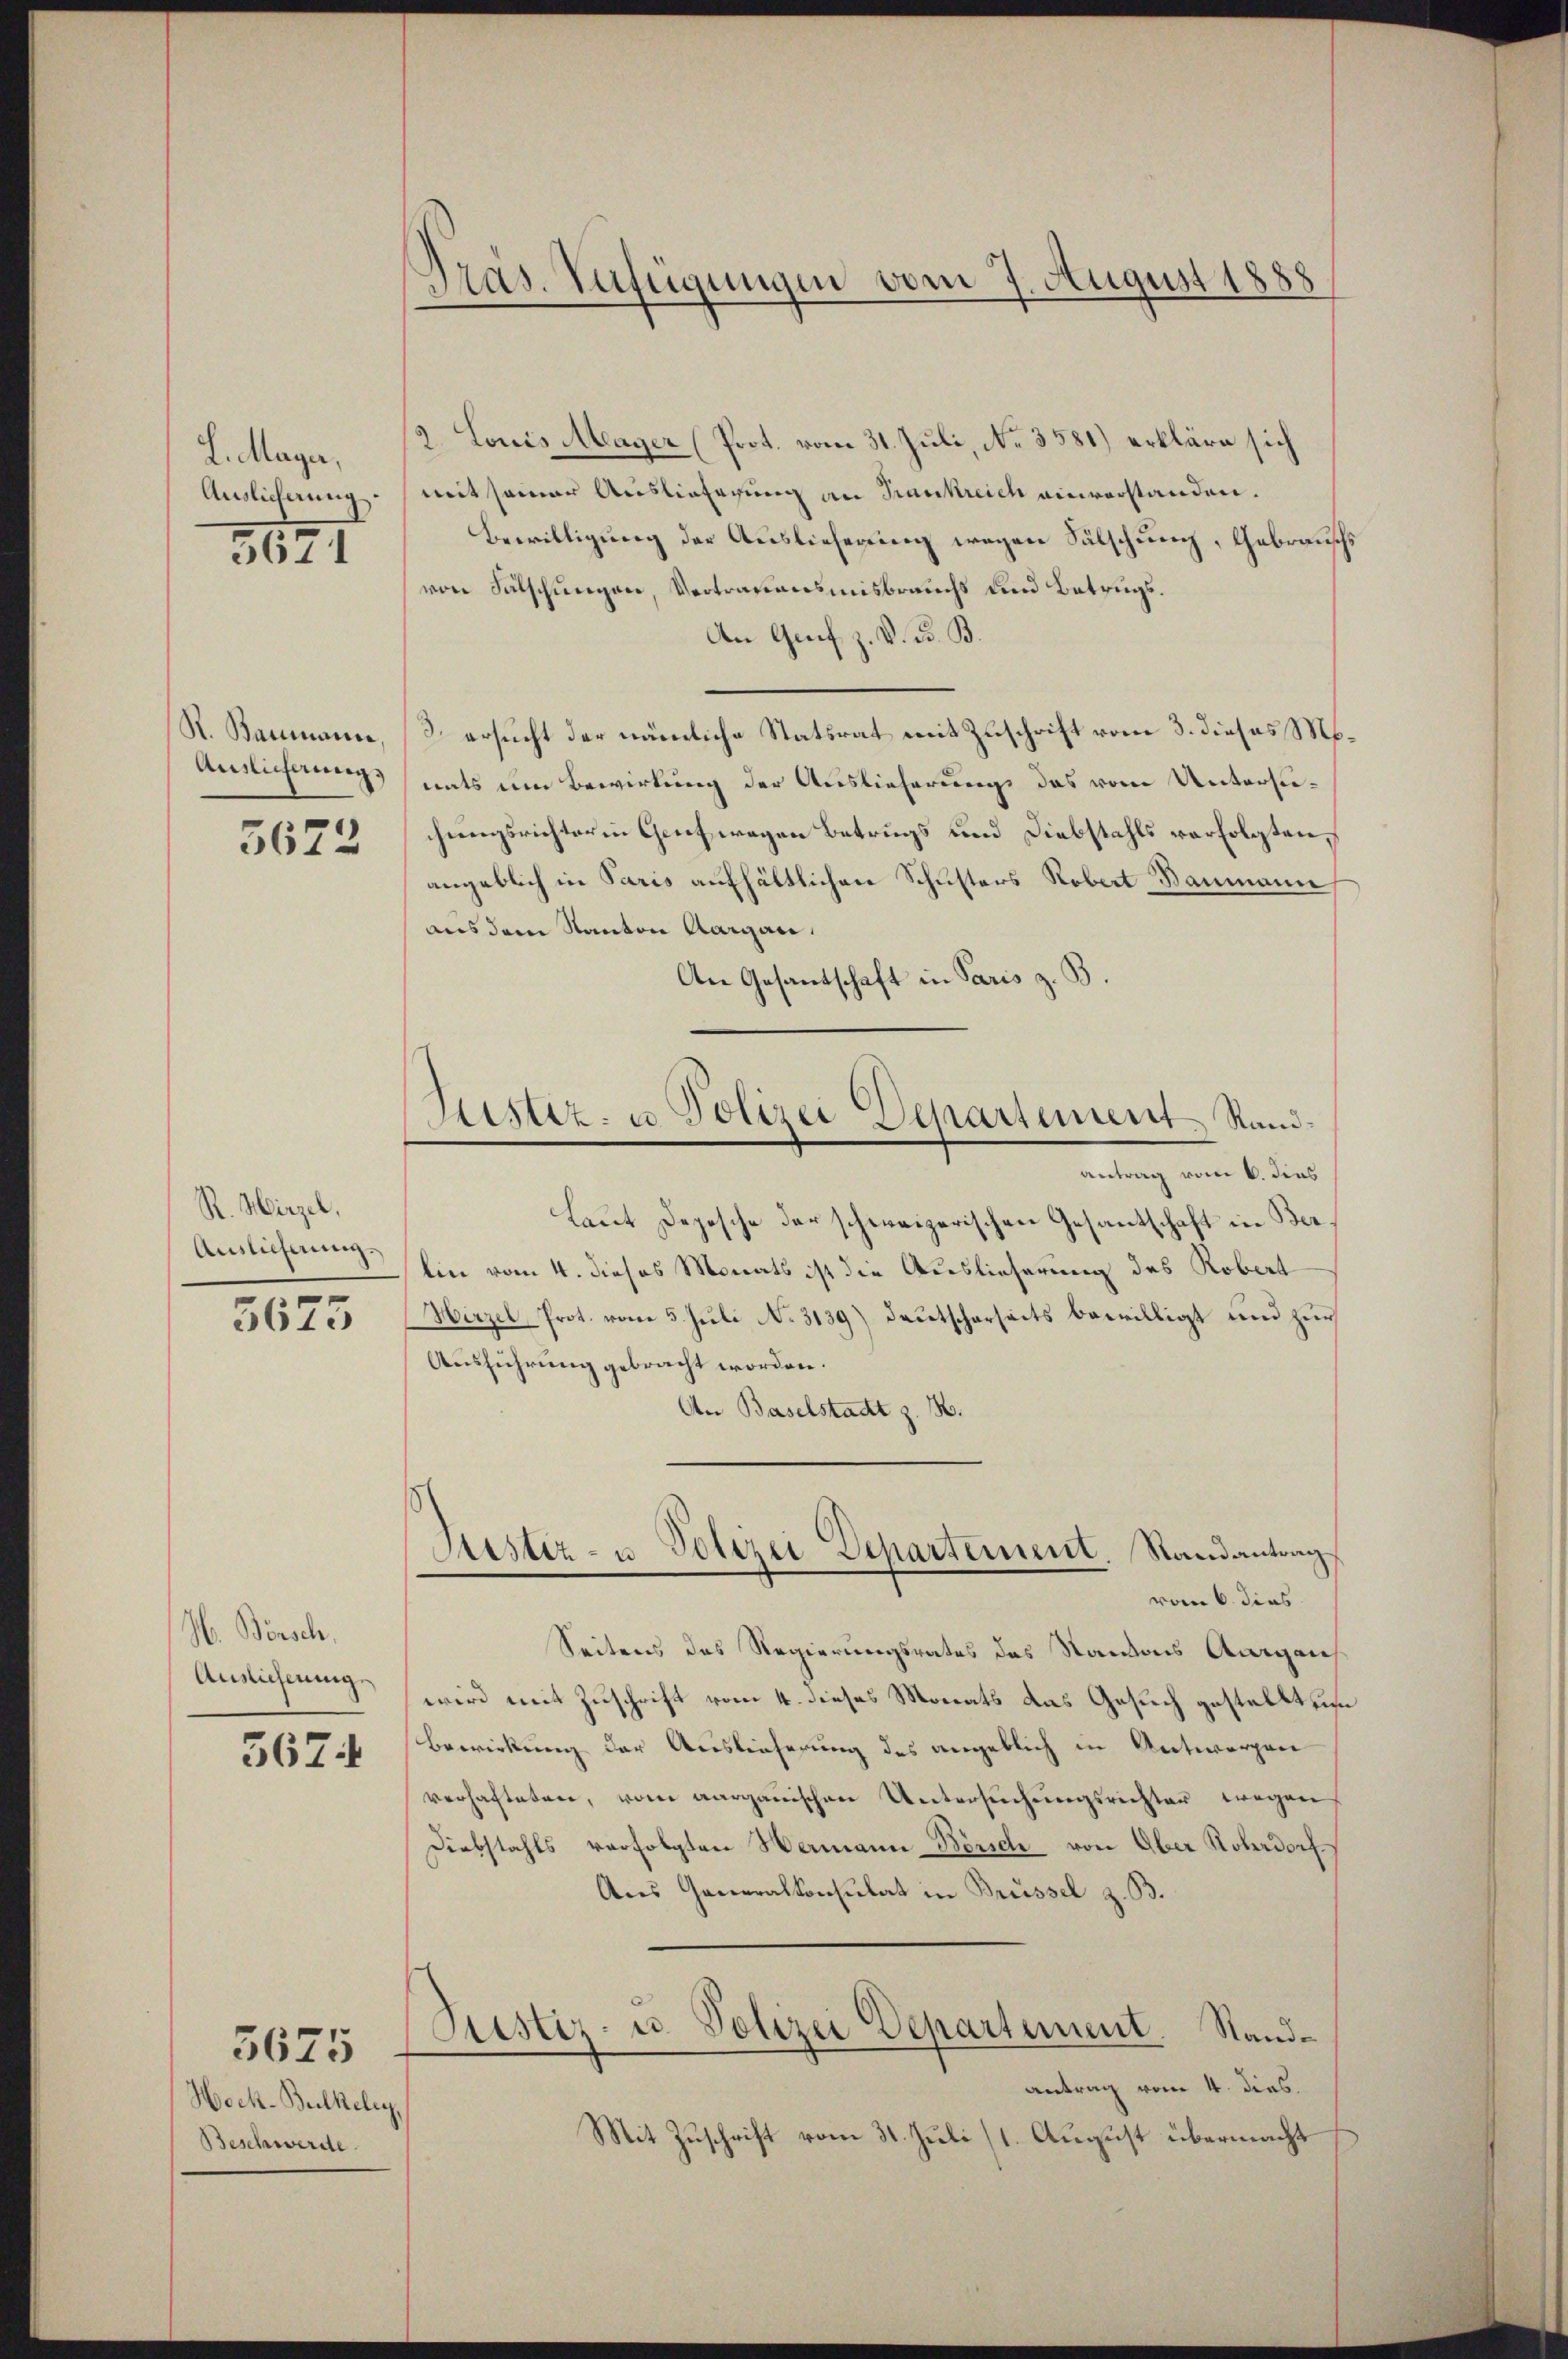
L. Mayer,
Auslicherung.
3671

R. Baumann
Auslieferungs

5622

R. Hirzel,

5673

N. Börsch,
Auslicherung

3674

Wock-Belkele
Beschwerde

3675

Präs. Verfügungen vom 7. August 1888

12. Louis Mager (Prot. vom 31. Juli, No. 3581) erkläre sich
mit seiner Auslieferung an Krankreich einverstanden.
Bewilligung der Auslieferung wegen Sälschung, Gebrauschs
von Salschungen, Vertrauensmisbrauchs und Betrugs¬
An Grif z. V. D. B.
3. ersucht der nämliche Statsrat mit Zuschrift vom 3. dieses Monats um Bewirkung der Auslieferungs das vom Untersuchungsrichter in Genf wegen Betrugs und Diebstahls verfolgten,
angeblich in Paris aufhältlichen Schusters Robert Baumann
aus dem Kanton Aargau,
An Gesandtschaft in Paris z. B.
antrag vom 6. dies
Laut Depesche der schweizerischen Gesantschaft in Ber
Auslichnung ein vom 4. dieses Monats ist die Auslieferung des Robert
Hirzel, Prot. vom 5. Juli No 3139) Deutscharseits bewilligt und zur
Ausführung gebracht worden.
An Baselstadt z. B.
Justiz- u Polizei Departement. Randantrag
vom 6. dies
Seitens des Regierungsrates des Kantons Augen
wird mit Zuschrift vom 4. dieses Monats das Gesuch gestellt un
Bewirkung der Auslieferung des angeblich in Antworgen
verhafteten, vom aargauischen Untersŭchŭngsrichter wegen
Diebstahls verfolgten Hermann-Börich von Ober Roberdorf.
Aus Generalkonsulat in Brüssel z. B.
Prestiz- u. Polizei Departement. Standantrag vom 4. dies.
Mit Zuschrift vom 31. Juli (1. August übermacht

Kister- u Polizei Departement Rand¬